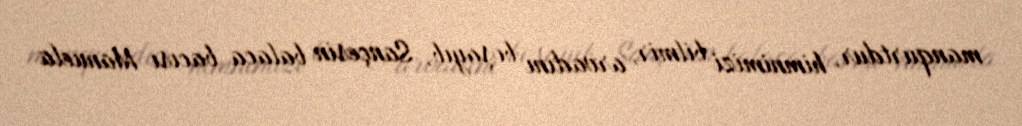
manqurtdur, himnimizi bilmir, arvadını boşayıb, Sançesin balaca bacısı Manuela